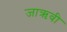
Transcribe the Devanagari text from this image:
जाऋवी